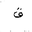
Letter: _qaf